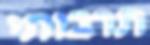
תרבותי